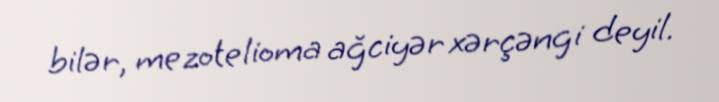
bilər, mezotelioma ağciyər xərçəngi deyil.